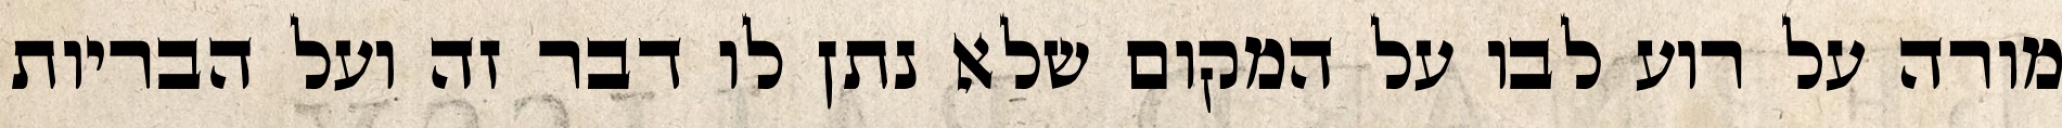
מורה על רוע לבו על המקום שלא נתן לו דבר זה ועל הבריות